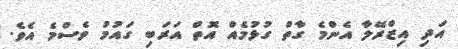
އަދި އިޒްރޭލާ އެންމެ ގާތް ގުޅުމެއް އޮތް އަރަބި ގައުމު ވެސްމެ އެވެ.